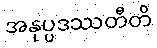
အနုပ္ပဒဿတီတိ